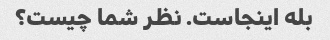
بله اینجاست. نظر شما چیست؟